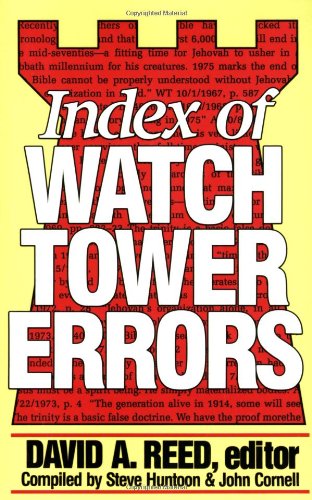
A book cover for Index of Watchtower Errors 1879 to 1989; David A. Reed; Christian Books & Bibles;